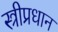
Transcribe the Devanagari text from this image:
स्त्रीप्रधान